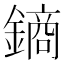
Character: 𨫢